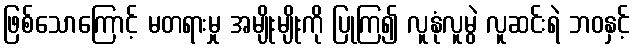
ဖြစ်သောကြောင့် မတရားမှု အမျိုးမျိုးကို ပြုကြ၍ လူနုံလူမွဲ လူဆင်းရဲ ဘဝနှင့်